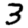
Digit: 3